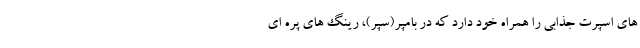
های اسپرت جذابی را همراه خود دارد که در بامپر(سپر)، رینگ های پره ای